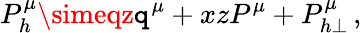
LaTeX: P_{h}^{\mu}\simeqz\mathtt{q}^{\mu}+xzP^{\mu}+P_{h\perp}^{\mu}\, ,